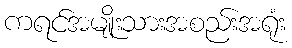
ကရင်အမျိုးသားအစည်းအရုံး